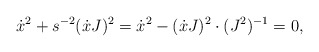
\begin{align*}\dot{x}^{2}+s^{-2}(\dot{x}J)^{2}=\dot{x}^{2}-(\dot{x}J)^{2}\cdot(J^{2})^{-1}=0,\end{align*}